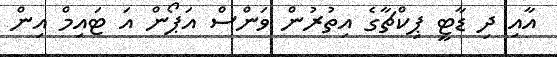
އާއި ދި ޑާޓީ ޕިކްޗާގެ އިތުރުން ވަންސް އަޕޯން އަ ޓައިމް އިން